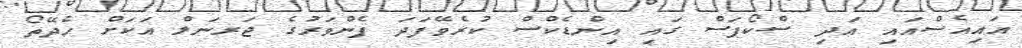
އައިއެސްއައި އަދި ސްކޯޕަސް ގައި އިންޑެކްސް ކުރެވޭފަދަ ފެންވަރުގެ ޖަރނަލް އަކަށް ހެދޭތޯ